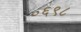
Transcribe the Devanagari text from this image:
०६९८